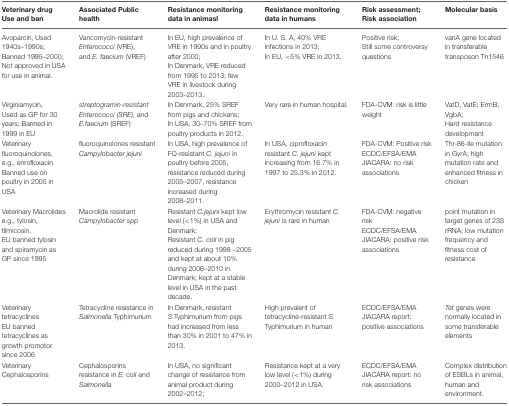
<table><thead><tr><td><b>Veterinary drug Use and ban</b></td><td><b>Associated Public health</b></td><td><b>Resistance monitoring data in animasl</b></td><td><b>Resistance monitoring data in humans</b></td><td><b>Risk assessment; Risk association</b></td><td><b>Molecular basis</b></td></tr></thead><tbody><tr><td>Avoparcin, Used 1940s–1990s; Banned 1995–2000; Not approved in USA for use in animal.</td><td>Vancomycin-resistant <i>Enterococci</i> (VRE), and <i>E. faecium</i> (VREF)</td><td>In EU, high prevalence of VRE in 1990s and in poultry after 2000; In Denmark, VRE reduced from 1995 to 2013; few VRE in livestock during 2003–2013.</td><td>In U. S. A, 40% VRE infections in 2013; In EU, &lt; 5% VRE in 2013.</td><td>Positive risk; Still some controversy questions</td><td>vanA gene located in transferable transposon Tn1546</td></tr><tr><td>Virginiamycin, Used as GP for 30 years; Banned in 1999 in EU</td><td><i>streptogramin-resistant Enterococci (SRE)</i>, and <i>E.faecium</i> (SREF)</td><td>In Denmark, 25% SREF from pigs and chickens; In USA, 30–70% SREF from poultry products in 2012.</td><td>Very rare in human hospital.</td><td>FDA-CVM: risk is little weight</td><td>VatD, VatE; ErmB; VgbA; Hard resistance development</td></tr><tr><td>Veterinary fluoroquinolones, e.g., enrofloxacin Banned use on poultry in 2005 in USA</td><td>fluoroquinolones resistant <i>Campylobacter jejuni</i></td><td>In USA, high prevalence of FQ-resistant <i>C. jejuni</i> in poultry before 2005, resistance reduced during 2005–2007, resistance increased during 2008–2011.</td><td>In USA, ciprofloxacin resistant <i>C. jejuni</i> kept increasing from 16.7% in 1997 to 25.3% in 2012.</td><td>FDA-CVM: Positive risk ECDC/EFSA/EMA JIACARA: no risk associations</td><td>Thr-86-Ile mutation in GyrA; high mutation rate and enhanced fitness in chicken</td></tr><tr><td>Veterinary Macrolides e.g., tylosin, tilmicosin. EU banned tylosin and spiramycin as GP since 1995</td><td>Macrolide resistant <i>Campylobacter spp</i></td><td>Resistant <i>C.jejuni</i> kept low level (&lt; 1%) in USA and Denmark; Resistant <i>C. coli</i> in pig reduced during 1998 –2005 and kept at about 10% during 2006–2010 in Denmark; kept at a stable level in USA in the past decade.</td><td>Erythromycin resistant <i>C. jejuni</i> is rare in human</td><td>FDA-CVM: negative risk ECDC/EFSA/EMA JIACARA: positive risk associations</td><td>point mutation in target genes of 23S rRNA; low mutation frequency and fitness cost of resistance</td></tr><tr><td>Veterinary tetracyclines EU banned tetracyclines as growth promotor since 2006</td><td>Tetracycline resistance in <i>Salmonella</i> Typhimurium</td><td>In Denmark, resistant <i>S</i>.Typhimurium from pigs had increased from less than 30% in 2001 to 47% in 2013.</td><td>High prevalent of tetracycline-resistant <i>S</i>. Typhimurium in human</td><td>ECDC/EFSA/EMA JIACARA report: positive associations</td><td><i>Tet</i> genes were normally located in some transferable elements</td></tr><tr><td>Veterinary Cephalosporins</td><td>Cephalosporins resistance in <i>E. coli</i> and <i>Salmonella</i></td><td>In USA, no significant change of resistance from animal product during 2002–2012;</td><td>Resistance kept at a very low level (&lt; 1%) during 2000–2012 in USA.</td><td>ECDC/EFSA/EMA JIACARA report: no risk associations</td><td>Complex distribution of ESBLs in animal, human and environment.</td></tr></tbody></table>